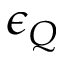
\epsilon _ { Q }